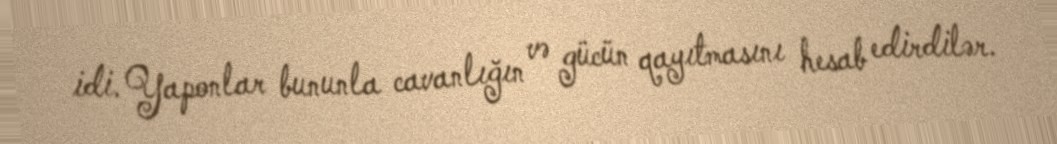
idi. Yaponlar bununla cavanlığın və gücün qayıtmasını hesab edirdilər.